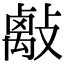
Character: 𢿑